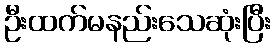
ဦးထက်မနည်းသေဆုံးပြီး